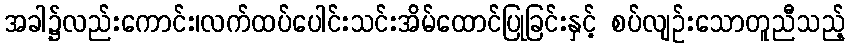
အခါ၌လည်းကောင်း၊လက်ထပ်ပေါင်းသင်းအိမ်ထောင်ပြုခြင်းနှင့် စပ်လျဉ်းသောတူညီသည့်